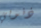
ذنوبي